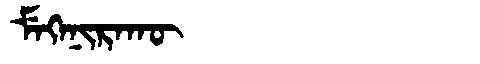
Manchu: ᠮᡝᡴᡝᠨᡳᡵᠠᡴᡡ
Romanization: MEKENIRAKŪ